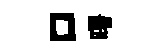
口曙